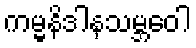
ကမ္မနိဒါနသမ္ဘဝေါ